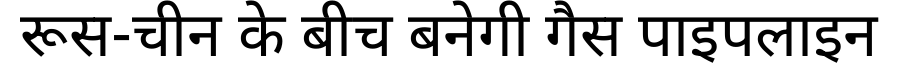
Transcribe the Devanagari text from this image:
रूस-चीन के बीच बनेगी गैस पाइपलाइन